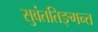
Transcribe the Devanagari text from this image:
सुवंततिङ्गन्त